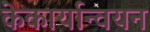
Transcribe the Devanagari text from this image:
केकार्यान्वयन